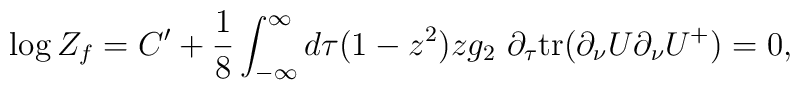
\log Z_f = C' +  \frac{1}{8} \int^\infty_{-\infty} d\tau (1 - z^2) z g_2 \ \partial_\tau \mbox{\rm tr}( \partial_\nu U \partial_\nu U^+) = 0,